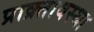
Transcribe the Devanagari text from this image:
प्राक्र्तावस्था